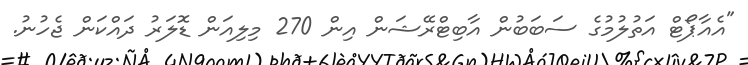
"އެއާޕޯޓް އަތުލުމުގެ ސަބަބުން އާބިޓްރޭޝަން އިން 270 މިލިއަން ޑޮލަރު ދައްކަން ޖެހުނު.